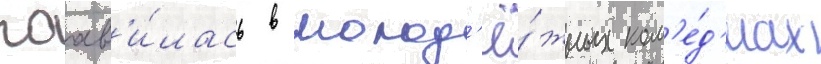
поав'и́лась в молод'ё́жных ком'е́д'иах